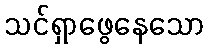
သင်ရှာဖွေနေသော